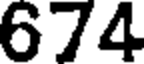
674